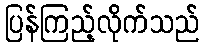
ပြန်ကြည့်လိုက်သည်